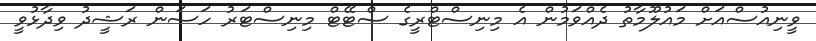
ވީނިއުސްއަށް މައުލޫމާތު ދެއްވަމުން އެ މިނިސްޓްރީގެ ސްޓޭޓް މިނިސްޓަރު ހަސަން ރަޝީދު ވިދާޅުވީ